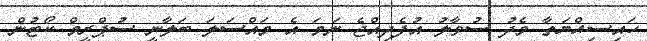
ހައިސިއްޔަތާ މެދު ސުވާލު އުފެދިއްޖެ ނަމަ އެ މައްސަލަ ބަލާނީ ސުޕްރީމް ކޯޓުން